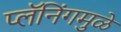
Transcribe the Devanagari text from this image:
प्लॅनिंगमुळे